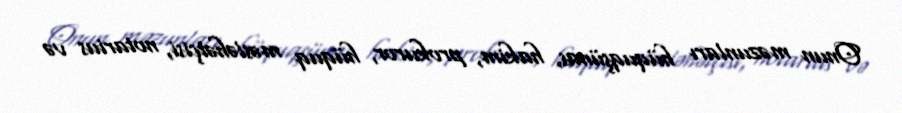
Onun məzunları hüquqşünas, hakim, prokuror, hüquq məsləhətçisi, notarius və